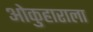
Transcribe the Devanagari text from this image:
ओकुहाराला